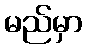
မည်မှာ